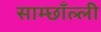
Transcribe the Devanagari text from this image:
साम्छाँल्ली